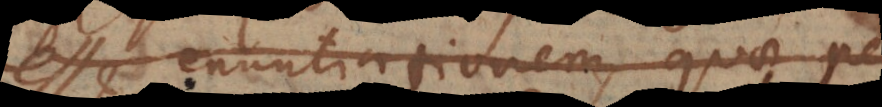
esse enuntiationem, quae per